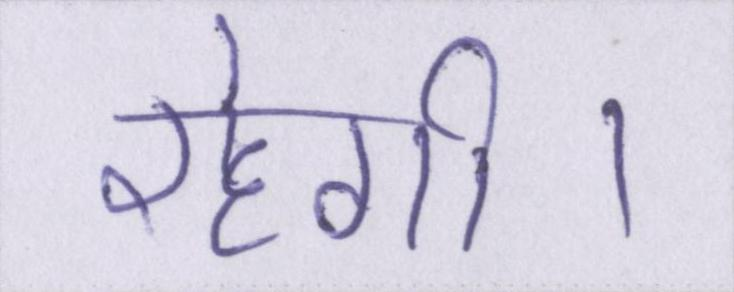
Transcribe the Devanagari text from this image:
रहेगी।